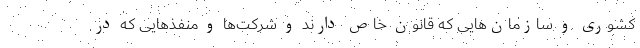
کشوری و سازمان‌هایی که قانون خاص دارند و شرکت‌ها و منفذ‌هایی که در